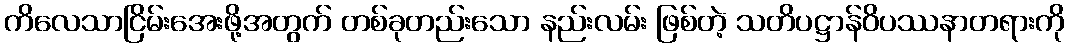
ကိလေသာငြိမ်းအေးဖို့အတွက် တစ်ခုတည်းသော နည်းလမ်း ဖြစ်တဲ့ သတိပဋ္ဌာန်ဝိပဿနာတရားကို